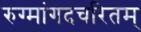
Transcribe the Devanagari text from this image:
रुग्मांगदचरितम्